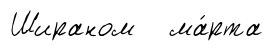
Шираном ма́рта